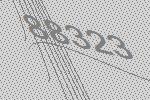
88323